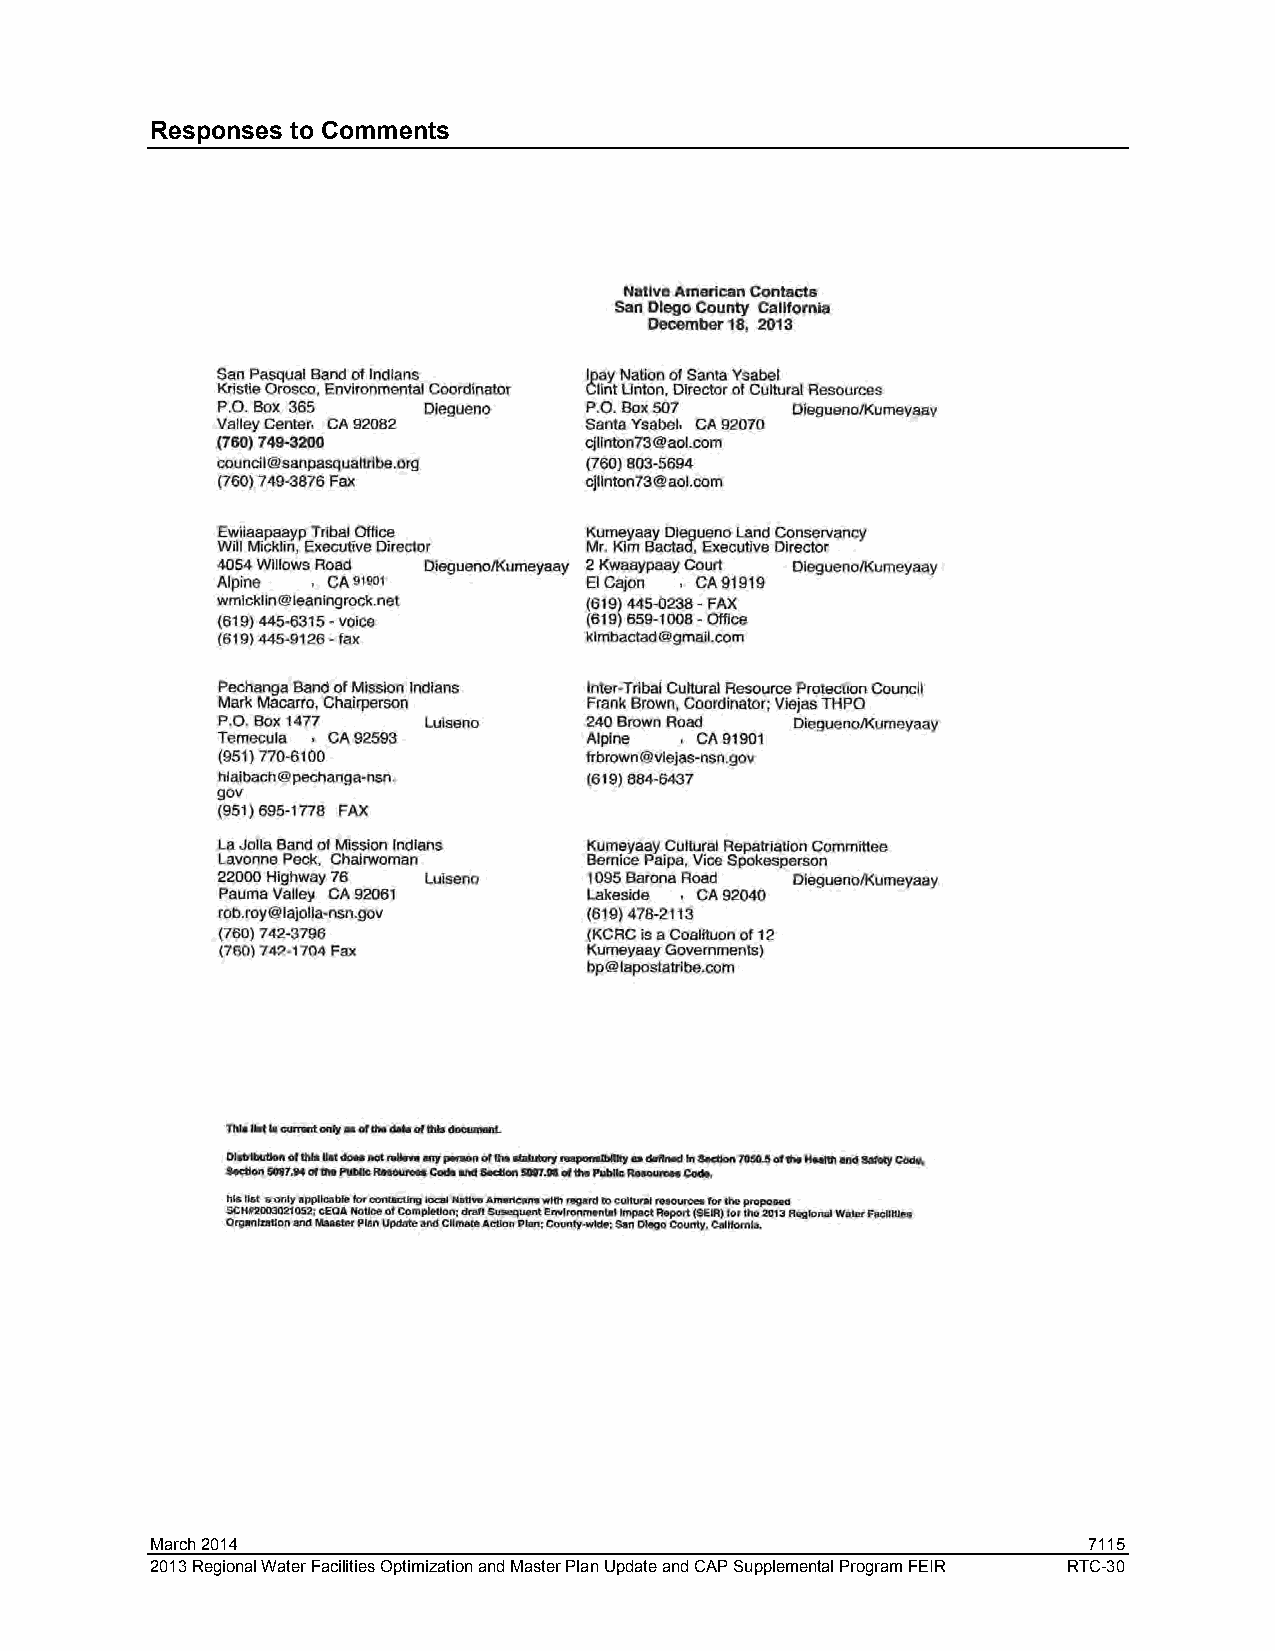
Responses to Comments
 March 2014                                                    7115
 2013 Regional Water Facilities Optimization and Master Plan Update and CAP Supplemental Program FEIR RTC-30